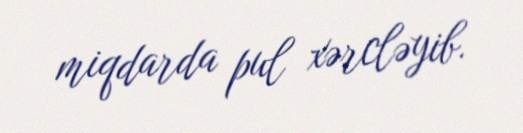
miqdarda pul xərcləyib.